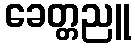
ခေတ္တညူ